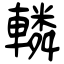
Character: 轔